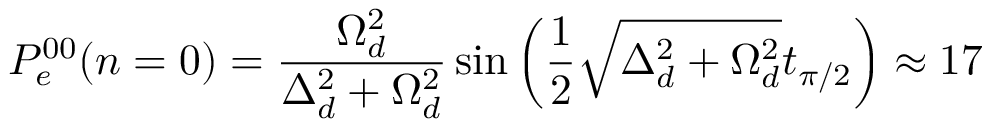
P _ { e } ^ { 0 0 } ( n = 0 ) = \frac { \Omega _ { d } ^ { 2 } } { \Delta _ { d } ^ { 2 } + \Omega _ { d } ^ { 2 } } \sin { \left( \frac { 1 } { 2 } \sqrt { \Delta _ { d } ^ { 2 } + \Omega _ { d } ^ { 2 } } t _ { \pi / 2 } \right) } \approx 1 7 \